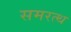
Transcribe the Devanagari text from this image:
समरत्थ